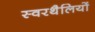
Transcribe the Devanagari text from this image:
स्वरथैलियों